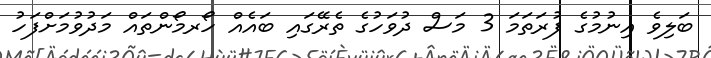
ބަލިވެ އިނުމުގެ ފުރަތަމަ 3 މަސް ދުވަހުގެ ތެރޭގައި ބައެއް ހޯރމޯންތައް މަދުވުމަށްފަހު